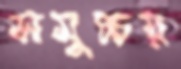
সমুচ্চয়